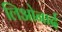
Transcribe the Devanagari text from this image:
लिओनार्द